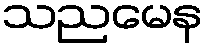
သညမေန